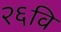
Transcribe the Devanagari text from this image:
२६वि